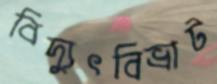
বিদ্যুৎবিভ্রাট